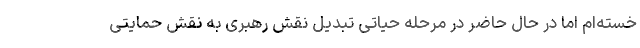
خسته‌ام اما در حال حاضر در مرحله حیاتی تبدیل نقش رهبری به نقش حمایتی